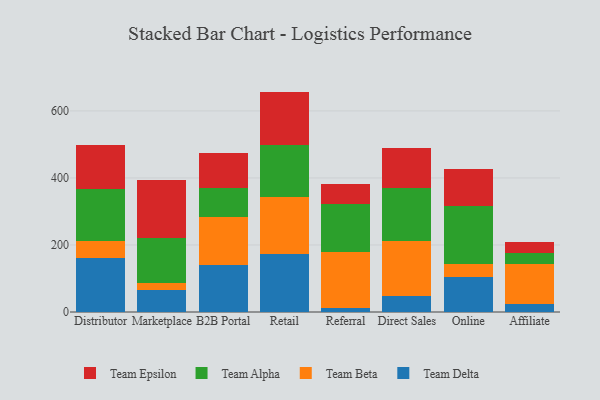
{"axis": {"x": "Channel", "y": "Page Views"}, "legend": ["Team Alpha", "Team Beta", "Team Delta", "Team Epsilon"], "data": [{"x": "Distributor", "y": 160.6, "type": "Team Delta"}, {"x": "Distributor", "y": 52.3, "type": "Team Beta"}, {"x": "Distributor", "y": 154.0, "type": "Team Alpha"}, {"x": "Distributor", "y": 130.7, "type": "Team Epsilon"}, {"x": "Marketplace", "y": 64.7, "type": "Team Delta"}, {"x": "Marketplace", "y": 23.2, "type": "Team Beta"}, {"x": "Marketplace", "y": 132.0, "type": "Team Alpha"}, {"x": "Marketplace", "y": 173.4, "type": "Team Epsilon"}, {"x": "B2B Portal", "y": 140.8, "type": "Team Delta"}, {"x": "B2B Portal", "y": 143.8, "type": "Team Beta"}, {"x": "B2B Portal", "y": 84.4, "type": "Team Alpha"}, {"x": "B2B Portal", "y": 104.4, "type": "Team Epsilon"}, {"x": "Retail", "y": 172.3, "type": "Team Delta"}, {"x": "Retail", "y": 169.9, "type": "Team Beta"}, {"x": "Retail", "y": 154.6, "type": "Team Alpha"}, {"x": "Retail", "y": 160.8, "type": "Team Epsilon"}, {"x": "Referral", "y": 13.2, "type": "Team Delta"}, {"x": "Referral", "y": 167.3, "type": "Team Beta"}, {"x": "Referral", "y": 141.7, "type": "Team Alpha"}, {"x": "Referral", "y": 59.9, "type": "Team Epsilon"}, {"x": "Direct Sales", "y": 46.6, "type": "Team Delta"}, {"x": "Direct Sales", "y": 164.4, "type": "Team Beta"}, {"x": "Direct Sales", "y": 158.5, "type": "Team Alpha"}, {"x": "Direct Sales", "y": 119.6, "type": "Team Epsilon"}, {"x": "Online", "y": 104.2, "type": "Team Delta"}, {"x": "Online", "y": 37.6, "type": "Team Beta"}, {"x": "Online", "y": 174.0, "type": "Team Alpha"}, {"x": "Online", "y": 110.6, "type": "Team Epsilon"}, {"x": "Affiliate", "y": 24.2, "type": "Team Delta"}, {"x": "Affiliate", "y": 117.6, "type": "Team Beta"}, {"x": "Affiliate", "y": 33.2, "type": "Team Alpha"}, {"x": "Affiliate", "y": 32.7, "type": "Team Epsilon"}]}